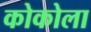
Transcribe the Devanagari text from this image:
कोकोला